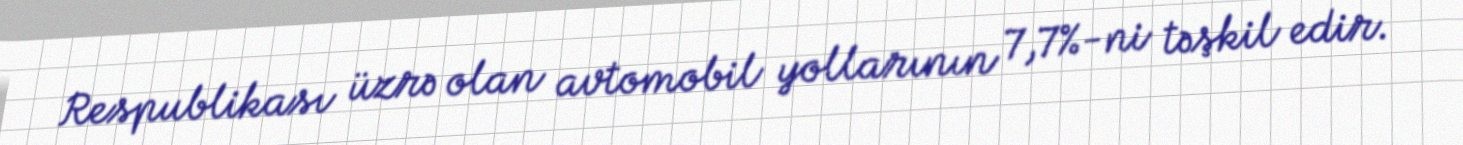
Respublikası üzrə olan avtomobil yollarının 7,7%-ni təşkil edir.